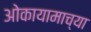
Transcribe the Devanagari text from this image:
ओकायामाच्या